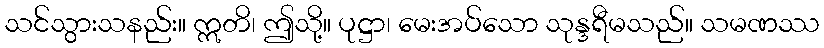
သင်သွားသနည်း။ ဣတိ၊ ဤသို့။ ပုဋ္ဌာ၊ မေးအပ်သော သုန္ဒရီမသည်။ သမဏဿ